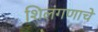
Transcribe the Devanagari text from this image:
शिलंगणाचे